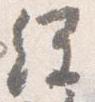
経